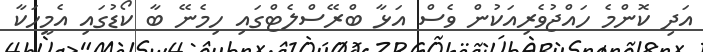
އަދި ކޮންމެ ހައްޖުވެރިއަކުން ވެސް އަޅާ ބްރޭސްލެޓްގައި ހިމެނޭ ބާ ކޯޑުގައި އެމީހަކާ